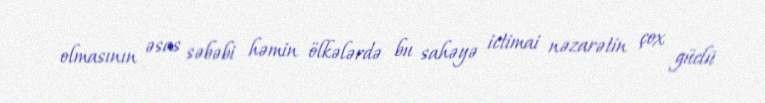
olmasının əsas səbəbi həmin ölkələrdə bu sahəyə ictimai nəzarətin çox güclü